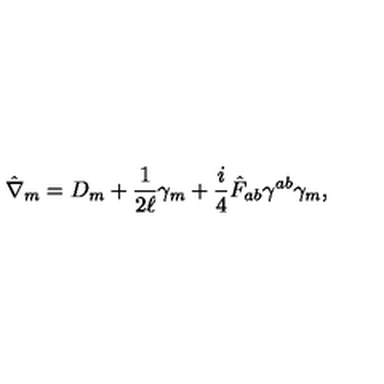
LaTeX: \hat { \nabla } _ { m } = D _ { m } + \frac { 1 } { 2 \ell } \gamma _ { m } + \frac { i } { 4 } \hat { F } _ { a b } \gamma ^ { a b } \gamma _ { m } ,